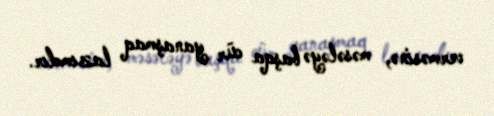
verməsinə, məsələyə başqa cür yanaşmaq lazımdır.